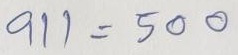
911 = 500